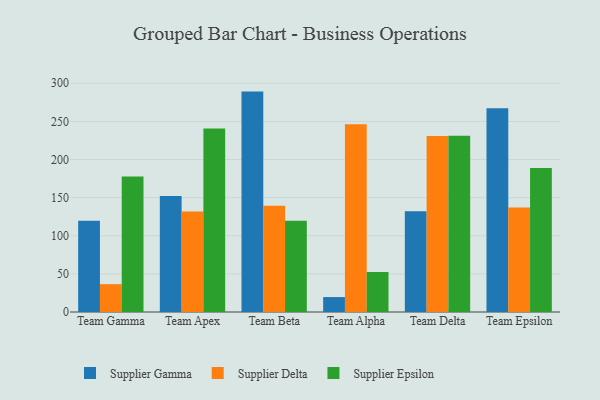
{"axis": {"x": "Team", "y": "Satisfaction Score"}, "legend": ["Supplier Delta", "Supplier Epsilon", "Supplier Gamma"], "data": [{"x": "Team Gamma", "y": 119.7, "type": "Supplier Gamma"}, {"x": "Team Gamma", "y": 36.5, "type": "Supplier Delta"}, {"x": "Team Gamma", "y": 177.8, "type": "Supplier Epsilon"}, {"x": "Team Apex", "y": 152.0, "type": "Supplier Gamma"}, {"x": "Team Apex", "y": 131.7, "type": "Supplier Delta"}, {"x": "Team Apex", "y": 240.7, "type": "Supplier Epsilon"}, {"x": "Team Beta", "y": 289.1, "type": "Supplier Gamma"}, {"x": "Team Beta", "y": 139.4, "type": "Supplier Delta"}, {"x": "Team Beta", "y": 119.7, "type": "Supplier Epsilon"}, {"x": "Team Alpha", "y": 19.6, "type": "Supplier Gamma"}, {"x": "Team Alpha", "y": 246.4, "type": "Supplier Delta"}, {"x": "Team Alpha", "y": 52.5, "type": "Supplier Epsilon"}, {"x": "Team Delta", "y": 132.3, "type": "Supplier Gamma"}, {"x": "Team Delta", "y": 230.8, "type": "Supplier Delta"}, {"x": "Team Delta", "y": 231.3, "type": "Supplier Epsilon"}, {"x": "Team Epsilon", "y": 267.4, "type": "Supplier Gamma"}, {"x": "Team Epsilon", "y": 137.2, "type": "Supplier Delta"}, {"x": "Team Epsilon", "y": 188.8, "type": "Supplier Epsilon"}]}